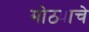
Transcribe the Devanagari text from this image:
मोठ्याचे